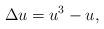
LaTeX: \begin{align*}\Delta u=u^3-u,\end{align*}